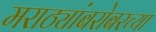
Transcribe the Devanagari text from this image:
मराठ्यांबरोबरच्या